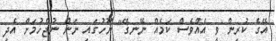
އޭގެ ކުރިން ވީ އެއްވެސް ކަމެއް ނޭނގޭ" ނޫހުގައި ނަން ނުޖެހުމަށް އެދި